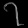
Digit: ၇